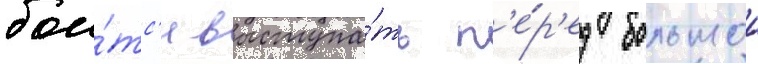
бои́тс'я выступа́ть п'е́р'ед большои